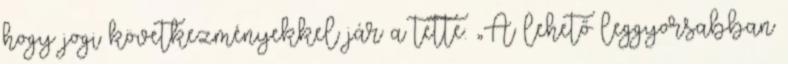
hogy jogi következményekkel jár a tette. „A lehető leggyorsabban